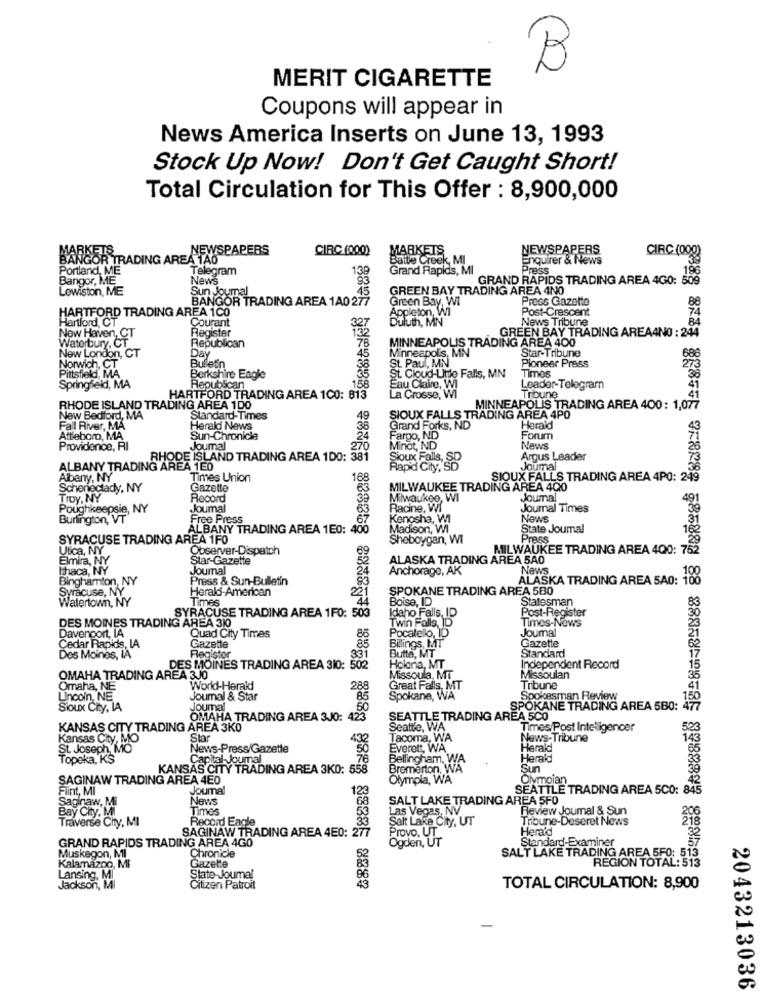
B
MERIT CIGARETTE
Coupons will appear in
News America Inserts on June 13, 1993
Stock Up Now! Don't Get Caught Short!
Total Circulation for This Offer : 8,900,000
CIRC (000)
MARKETS
NEWSPAPERS
CIRC (000)
BANGOR TRADING AREA AYSPAPERS
Batte Creek, MI
Enquirer & News
Portland, ME
Telegram
Grand Rapids, MI
Press
195
News
93
GRAND RAPIDS TRADING AREA 4GO: 50
Bangor, ME
Lewiston, ME
Sun Joun
.45
GREEN BAY TRADING AREA 4NO
BANGOR TRADING AREA 1A0 277
Green Bay, WI
Press Gazette
88
HARTFORD TRADING AREA 1CO
Appleton, Wi
Post-Crescent
Hartford, CT
Duluth, MN
News Tribune
74
Courant
327
Waterbury, CT
New Haven, CT
Register
Republican
MINNEAPOLIS TRADING AREA 400
GREEN BAY TRADING AREA4NO : 244
New London, CT
78
45
Minneapolis, MN
Star-Tribune
600
Day
Norwich, CT
Bulletin
St. Paul, MN
Pioneer Press
Pittsfield, MA
Berkshire Eagle
158
St. Cloud-Little Falls, MN
Times
Springfield, MA
Republican
Eau Claire, WI
Leader-Telegram
HARTFORD TRADING AREA 1CO: 813
La Crosse, Wi
Tribune
RHODE ISLAND TRADING AREA 100
MINNEAPOLIS TRADING AREA 400: 1,077
Ney
New Bedford, MA
Standard-Times
49
SIOUX FALLS TRADING AREA 4PO
Fall River, MA
Herald News
Grand Forks, ND
Herald
Atteboro, MA
Sun-Chronicle
Fargo, ND
Forum
Providence, RI
Joumal
270
Minot, ND
News
RHODE ISLAND TRADING AREA 1D0: 381
Argus Leader
ALBANY TRADING AREA 1E0
Sioux Fals, S
Joumal
Albany, NY
Times Union
SIOUX FALLS TRADING AREA 4PO: 249
Schenectady, NY
Gazette
MILWAUKEE TRADING AREA 4Q0
Troy, NY
Record
Milwaukee, Wi
JJoumal
Poughkeepsie, NY
Joumal
Racine, WI
Journal Times
Burlington, VT
Free Press
Kenosha, WI
News
ALBANY TRADING AREA 1E0: 400
Madison, Wi
State Joumal
SYRACUSE TRADING AREA 1F0
Sheboygan, WI
Press
Utica, NY
Observer-Dispatch
MILWAUKEE TRADING AREA 4Q0: 752
Elmira, NY
Star-Gazette
ALASKA TRADING AREA 5A0
Chaca, NY
Joumal
Anchorage, AK
News
Binghamton, NY
Press & Sun-Bulletin
ALASKA TRADING AREA SAO: 100
Syracuse, NY
Herald-American
22
SPOKANE TRADING AREA 580
Watertown, NY
Times
Boise, ID
Statesman
Post-Register
DES MOINES TRADING AREA 310
SYRACUSE TRADING AREA 1F0: 503
Idaho Falls, ID
Twin Falls, ID
Times-Nows
Quad City Times
Joumal
Davenport, LA
Pocatello, ID
Cedar Rapids, LA
Gazette
Billings, MT
Butte, MT
Gazette
Standard
Des Moines, IA
Registor
33
Holona, MT
DES MOINES TRADING AREA 310: 502
Independent Record
OMAHA TRADING AREA 3J0
288
Missoula, MT
Missoulan
Omaha, NE
World-Herald
Great Falls, MT
Tribune
Lincoln, NE
NE
Journal & Star
Spokane, WA
Spokesman Review
Sioux City, IA
Journal
SPOKANE TRADING AREA 5B0:
OMAHA TRADING AREA 3J0: 42
SEATTLE TRADING AREA 5CO
KANSAS CITY TRADING AREA 3KO
Seattle, WA
Times/Post Intelligencer
523
Kansas City, MO
Star
Tacoma, WA
News-Tribune
St. Joseph, MO
News-Press/Gazette
Everett, WA
Herald
Topeka, KS
youmal
Bellingham, WA
Herald
KANSAS CITY TRADING AREA 3KO: 5
Bremerton, WA
Sun
SAGINAW TRADING AREA 4E0
Olympia, WA
Olympian
Flint, MI
Joumal
123
SEATTLE TRADING AREA 5CO: 84
Saginaw, Mi
News
SALT LAKE TRADING AREA 5FO
Bay City, MI
Times
Las Vegas, NV
Review Joumal & Sun
Traverse City, MI
Record Eagle
Salt Lake City, UT
Tribune-Deseret News
206
SAGINAW TRADING AREA 4E0: 27
Herald
GRAND RAPIDS TRADING AREA 4GO
Provo, UT
Ogden, UT
Standard-Examiner
Chronicle
52
Muskegon, MI
SALT LAKE TRADING AREA 5F0: 513
REGION TOTAL: 513
Kalamazoo, MI
Gazelle
Lansing, MI
State-Jouma!
Jackson, Ml
Citizen Patroit
43
TOTAL CIRCULATION: 8,900
2043213036